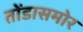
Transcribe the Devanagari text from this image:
तोंडासमोर